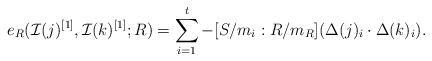
LaTeX: \begin{align*} e_R(\mathcal I(j)^{[1]},\mathcal I(k)^{[1]};R)=\sum_{i=1}^t-[S/m_i:R/m_R](\Delta(j)_i\cdot\Delta(k)_i). \end{align*}